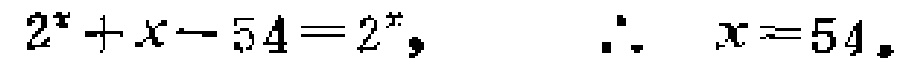
$2^{x}+x - 54 = 2^{x},\ \ \therefore\ \ x = 54.$